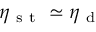
\eta _ { \mathrm { ~ s ~ t ~ } } \simeq \eta _ { \mathrm { ~ d ~ } }